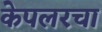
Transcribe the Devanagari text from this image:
केपलरचा